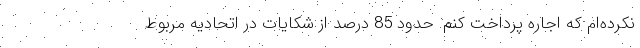
نکرده‌ام که اجاره پرداخت کنم. حدود 85 درصد از شکایات در اتحادیه مربوط